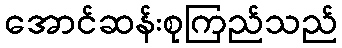
အောင်ဆန်းစုကြည်သည်